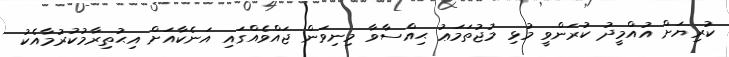
ކުރިޔަށް އުއްމީދު ކުރަންވީ މުޅި މުޖުތަމަޢު ޙިއްސާވާ މިނިވަން ޖައްވެއްގައި އަނެކާއަށް އިޙުތިރާމުކުރުމާއެކު